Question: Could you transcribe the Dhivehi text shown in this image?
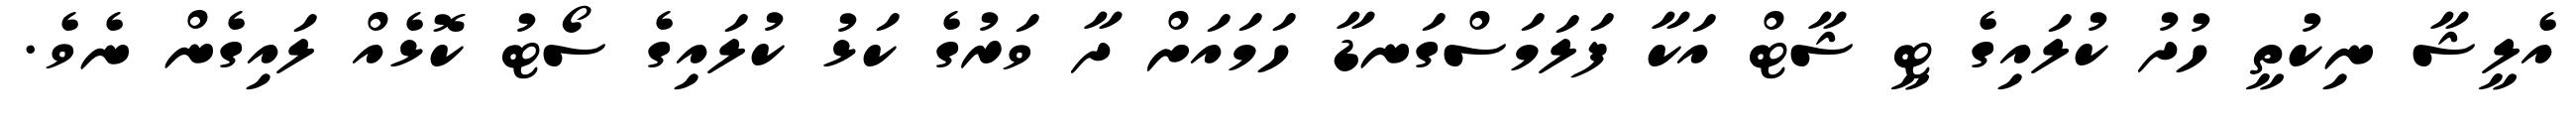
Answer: އެލީޝާ ނިކުތީ ހުދު ކުލައިގެ ޓީ ޝާޓް އަކާ ފަލަމަސްގަނޑާ ހަމައަށް ދާ ވަރުގެ ކަޅު ކުލައިގެ ސޯޓު ކޮޅެއް ލައިގެން ނެވެ.